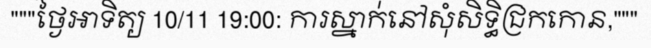
"""ថ្ងៃអាទិត្យ 10/11 19:00: ការស្នាក់នៅសុំសិទ្ធិជ្រកកោន,"""